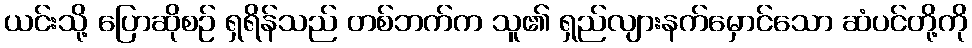
ယင်းသို့ ပြောဆိုစဉ် ရှရိန်သည် တစ်ဘက်က သူ၏ ရှည်လျားနက်မှောင်သော ဆံပင်တို့ကို